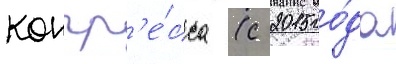
конгр'е́сса (с 2015 го́да